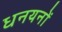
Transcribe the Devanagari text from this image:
धनयनों